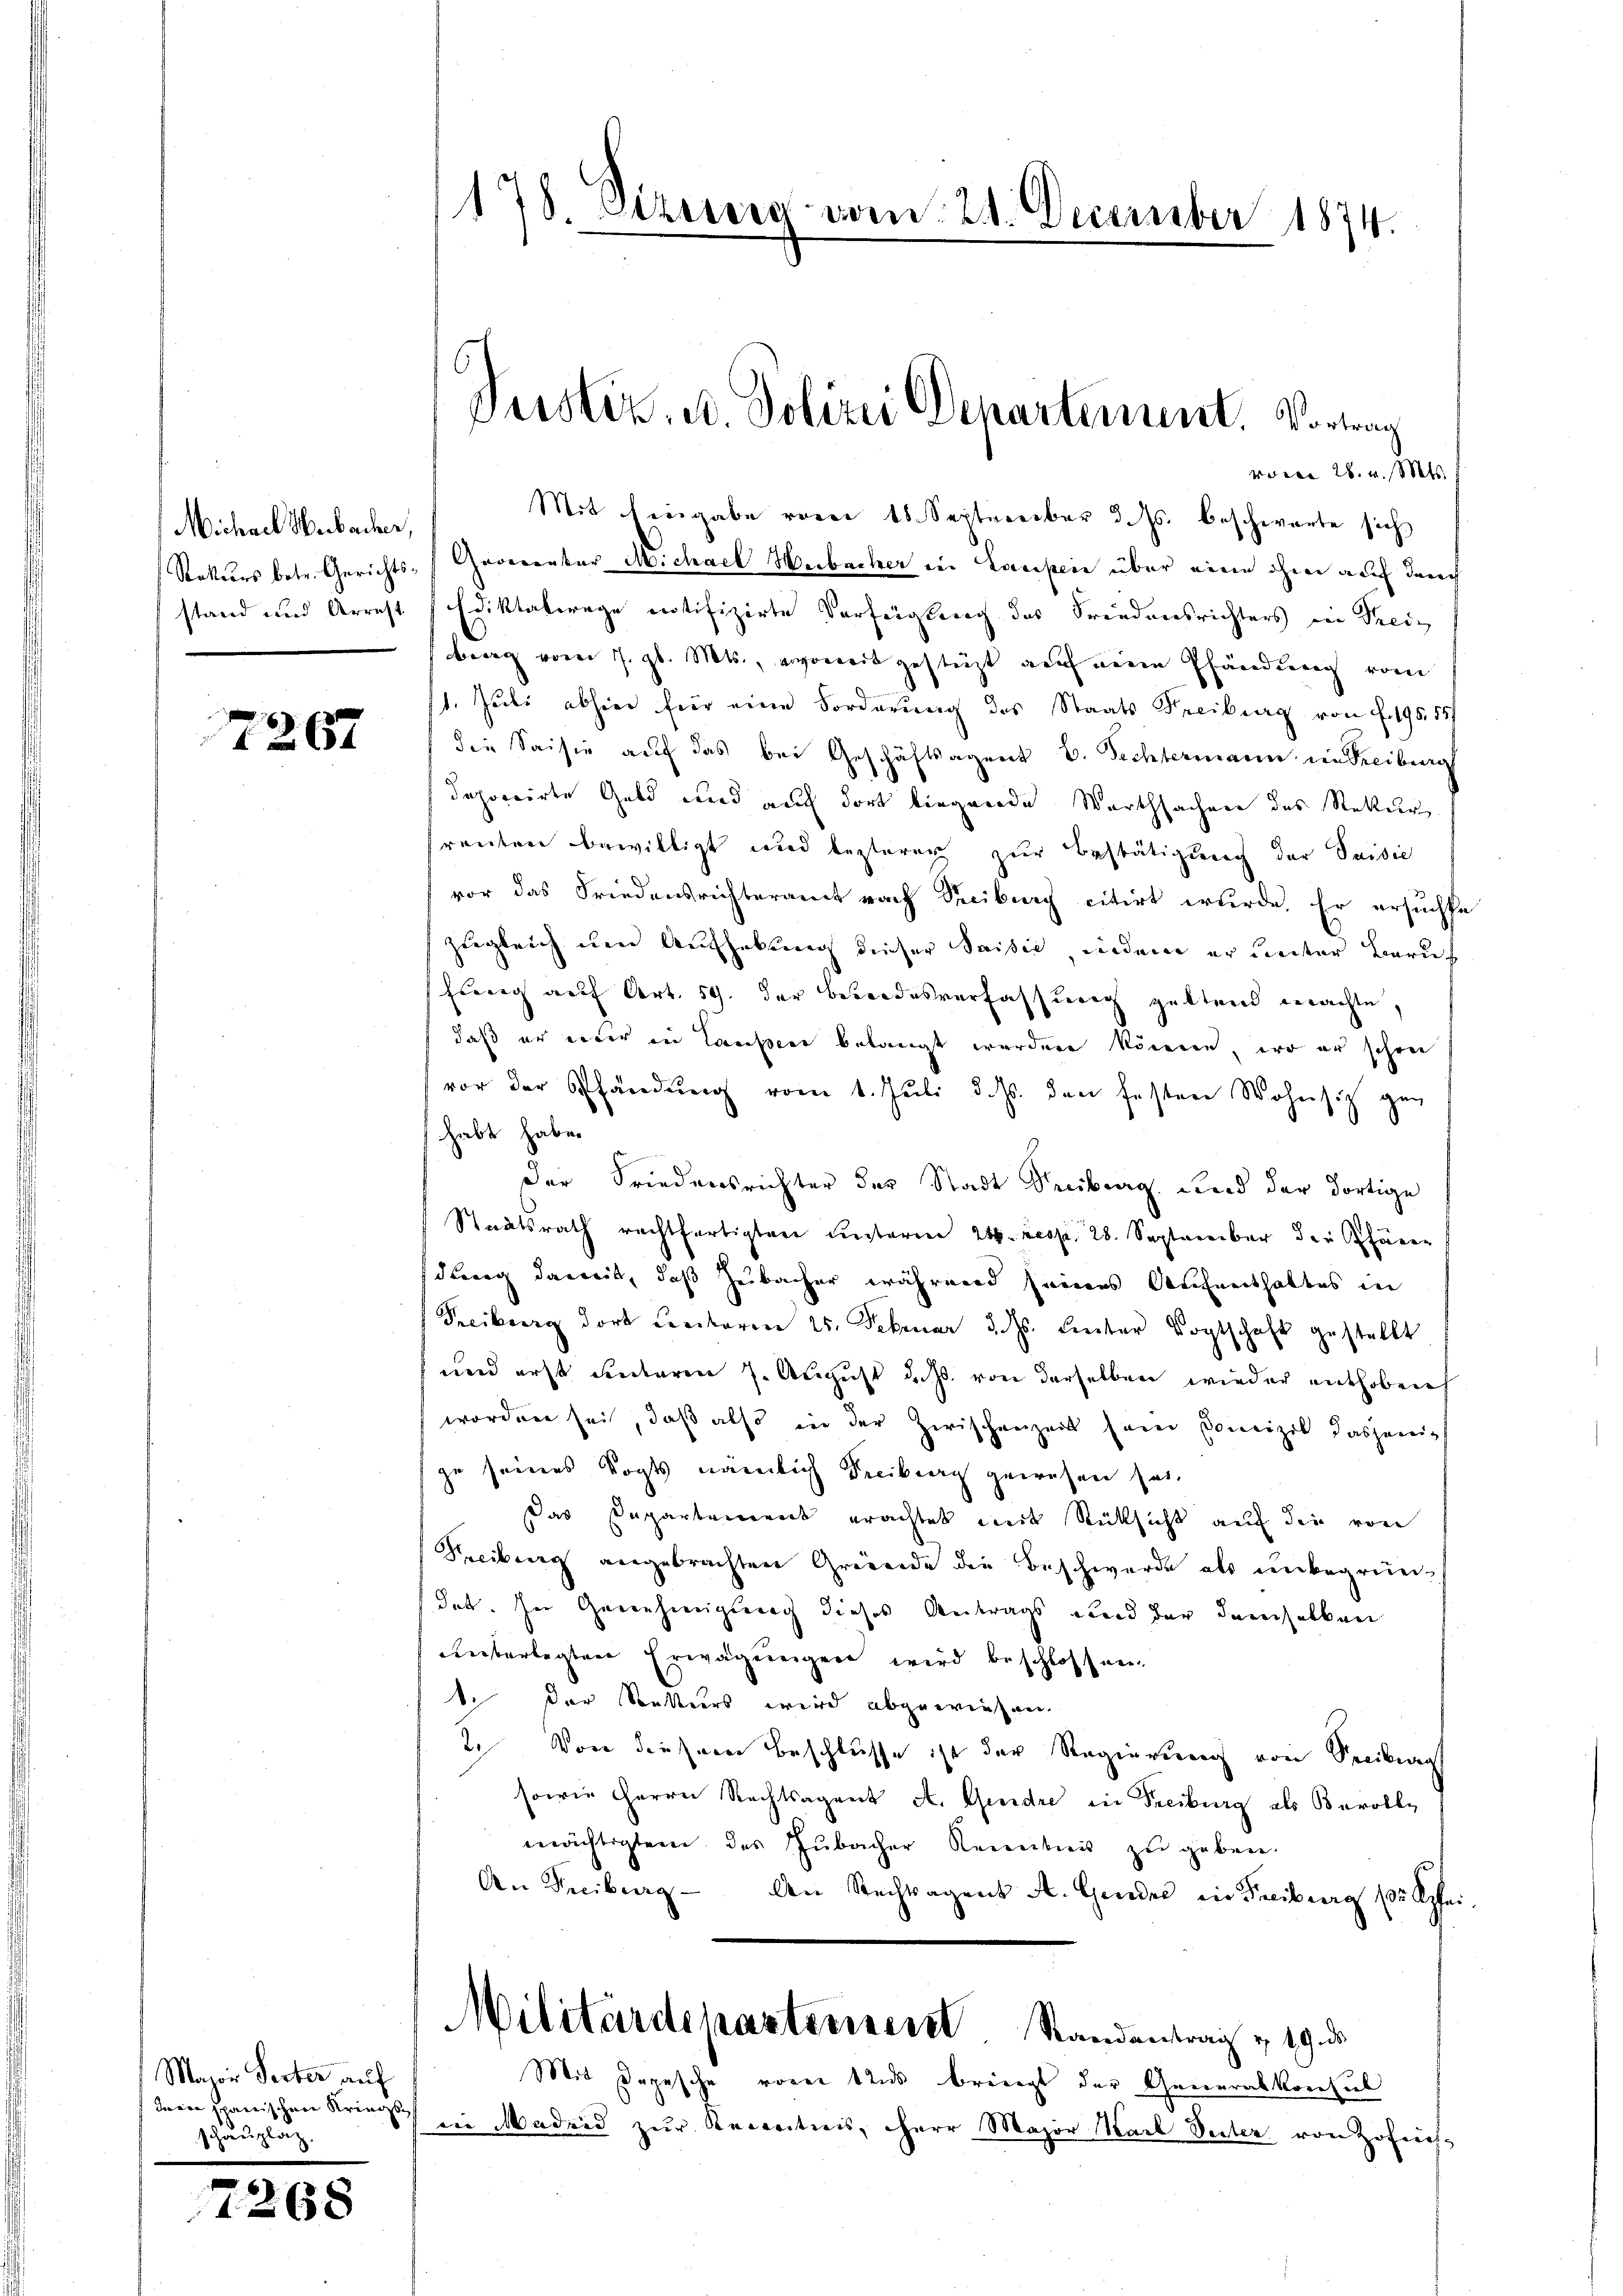
Michael Werbacher,
stand und Arrest

7267

Major Secter auf
deine spanischen Kriegs
schauplät

7268

vorce 28. v. Mts.
Mit Eingabe vom 18. September d. Js. beschwarte sich
Rekurs betr. Gerichts- Geoeventar Michael Herbacher in Laupen über eine ohne auf den
Ediktaterage notifizirte Verfügung des Freudensrichters ein Treiz
berg vom 7. gl. Mts., soweit gestüzt auf meine Pfändung vom
1. Juli abhier für eine Forderung des Staats Freiburg von f. 195,55/
die Saisie auf das bei Geschäftsagent E. Fechtermann in Freiburg
deponirte Geld und auch dort liegende Warthsachen des Rekur
renten bewilligt und lezteren zur Bestätigung der Saisie
vor das Friedensrichteramt nach Treiburg citirt wurde. Er ersuchte
zugleich um Aufhebung dieser Saisil, wieden er Leiter Zürich
Eberg auf Art. 54. der Besondesverfassung geltend machte,
daß er einer in Laussen belangt werden können, er er schon
vor der Pfändung vom 1. Juli d. Js. den festere Wohnsitz geg
habt habe.
der Friedensrichter der Stadt Freiburg, Ried der dortige
Staatsrath rechtfertigten unterm 24. resp. 28. September der hören
dlang damit, daß Zubacher während seines Aufenthaltes in
Freiburg dort Crectoren 25. Februar d. Js. Leiter Vogtschaft gestellt
und erst unterm 7. August d. Js. von derselben wieder enthoben
worden sei, daß also in der Zwischenzeit sein Comizil dasjenigs
zu seines Vogts nämlich Freibung gewesen hat.
Das Departement erachtet mit Rücksicht auf die von
Freibung angebrachten Gründe die Beschwerde als unbegrün-
dat. ser Genehmigung dieses Antrags und der demselben
nüberlegten Erwägungen wird beschlossen
t. Der Stutters wird abgewiesen.
2. Von diesem Beschlusse ist der Regierung von Seeiburg
sowie Herrn Rechtsagent A. Gendre in Freiburg als Bevollmächtigten des Zubacher Kenntnis zŭ geben.
An Freiburg An Rechtsagent A. Gener in Freiburg ( Apfei
Militärdeparterner Standentrag v. 19. ds.
Mit Depesche vorer Uns bringt der Generalkonsul
in Madrid zur Recretnis, Herr Major Karl Vater von Zofins.

178. Sizeris vom 24. December 1874.

Pustiz, u. Polizei Departement. Vortrag